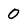
Character: 0